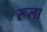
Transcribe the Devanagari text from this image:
रूला